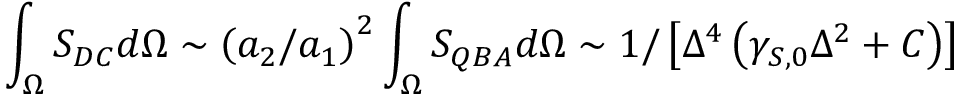
\int _ { \Omega } S _ { D C } d \Omega \sim \left( a _ { 2 } / a _ { 1 } \right) ^ { 2 } \int _ { \Omega } S _ { Q B A } d \Omega \sim 1 / \left[ \Delta ^ { 4 } \left( \gamma _ { S , 0 } \Delta ^ { 2 } + C \right) \right]